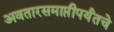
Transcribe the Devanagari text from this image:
अवतारसमाप्तीपर्यंतचे